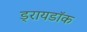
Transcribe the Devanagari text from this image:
ड्रायडॉक